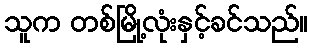
သူက တစ်မြို့လုံးနှင့်ခင်သည်။